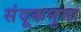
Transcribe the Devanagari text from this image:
संदूकनुमा